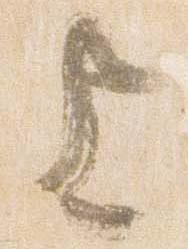
上